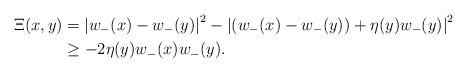
LaTeX: \begin{align*}\Xi(x, y) & = \left| w_-(x) - w_-(y) \right|^2 - \left| \left( w_-(x) - w_-(y) \right) + \eta(y) w_-(y) \right|^2 \\& \ge - 2 \eta(y) w_-(x) w_-(y).\end{align*}